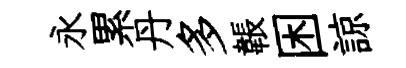
永累丹多韔困諒